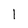
Character: 1